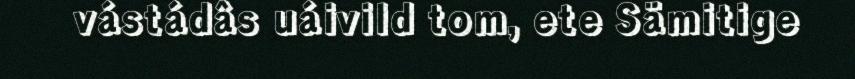
vástádâs uáivild tom, ete Sämitige